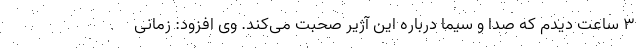
۳ ساعت دیدم که صدا و سیما درباره این آژیر صحبت می‌کند. وی افزود: زمانی